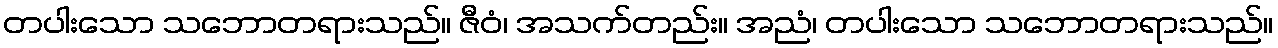
တပါးသော သဘောတရားသည်။ ဇီဝံ၊ အသက်တည်း။ အညံ၊ တပါးသော သဘောတရားသည်။